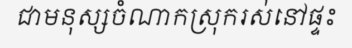
ជាមនុស្សចំណាកស្រុករស់នៅផ្ទះ